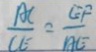
\frac { A C } { C E } = \frac { E F } { A E }